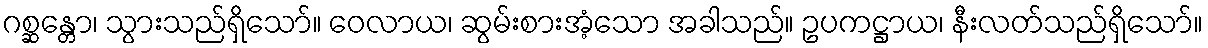
ဂစ္ဆန္တော၊ သွားသည်ရှိသော်။ ဝေလာယ၊ ဆွမ်းစားအံ့သော အခါသည်။ ဥပကဋ္ဌာယ၊ နီးလတ်သည်ရှိသော်။